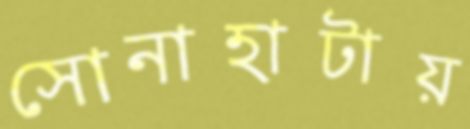
সোনাহাটায়